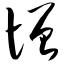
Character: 憎